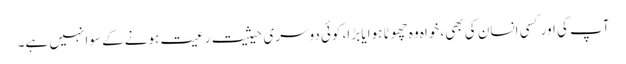
آپ کی اور کسی انسان کی بھی، خواہ وہ چھوٹا ہوا یا بڑا، کوئی دوسری حیثیت رعیت ہونے کے سوا نہیں ہے۔